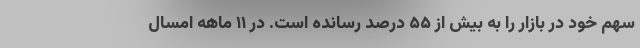
سهم خود در بازار را به بیش از ۵۵ درصد رسانده است. در ۱۱ ماهه امسال